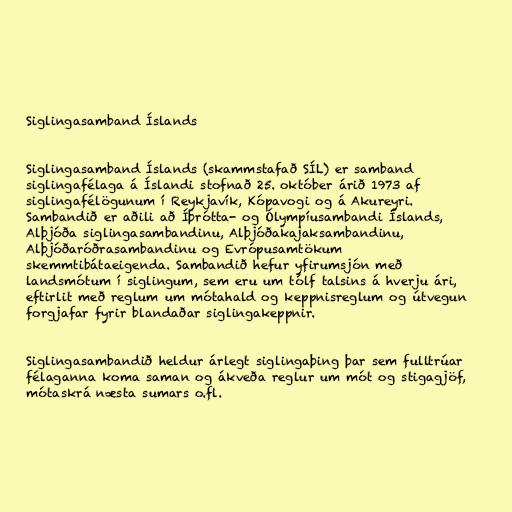
Siglingasamband Íslands

Siglingasamband Íslands (skammstafað SÍL) er samband
siglingafélaga á Íslandi stofnað 25. október árið 1973 af
siglingafélögunum í Reykjavík, Kópavogi og á Akureyri.
Sambandið er aðili að Íþrótta- og Ólympíusambandi Íslands,
Alþjóða siglingasambandinu, Alþjóðakajaksambandinu,
Alþjóðaróðrasambandinu og Evrópusamtökum
skemmtibátaeigenda. Sambandið hefur yfirumsjón með
landsmótum í siglingum, sem eru um tólf talsins á hverju ári,
eftirlit með reglum um mótahald og keppnisreglum og útvegun
forgjafar fyrir blandaðar siglingakeppnir.

Siglingasambandið heldur árlegt siglingaþing þar sem fulltrúar
félaganna koma saman og ákveða reglur um mót og stigagjöf,
mótaskrá næsta sumars o.fl.